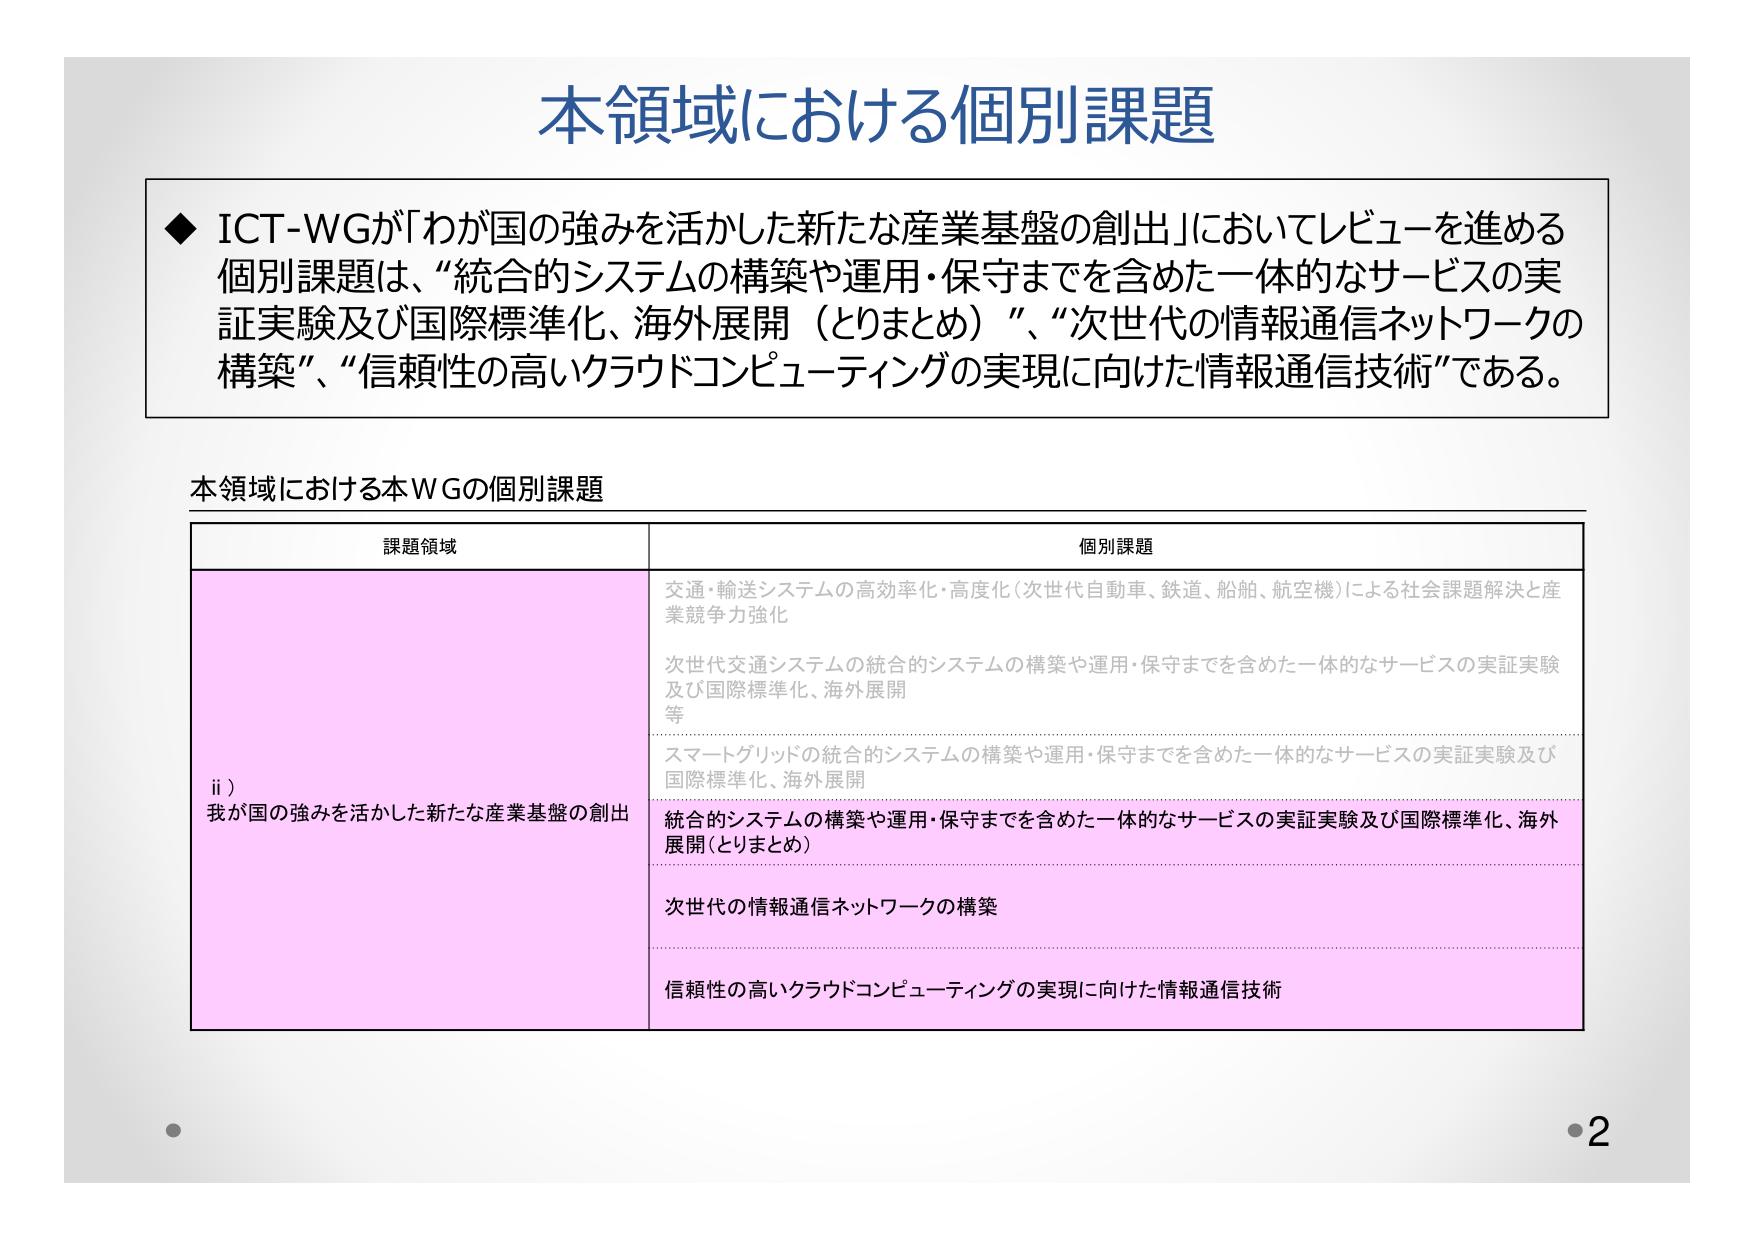
本領域における個別課題

◆ ICT-WGが「わが国の強みを活かした新たな産業基盤の創出」においてレビューを進める個別課題は、“統合的システムの構築や運用・保守までを含めた一体的なサービスの実証実験及び国際標準化、海外展開（とりまとめ）”、“次世代の情報通信ネットワークの構築”、“信頼性の高いクラウドコンピューティングの実現に向けた情報通信技術”である。

本領域における本WGの個別課題

課題領域 個別課題

ii）わが国の強みを活かした新たな産業基盤の創出

交通・輸送システムの高効率化・高度化（次世代自動車、鉄道、船舶、航空機）による社会課題解決と産業競争力強化

次世代交通システムの統合的システムの構築や運用・保守までを含めた一体的なサービスの実証実験及び国際標準化、海外展開等

スマートグリッドの統合的システムの構築や運用・保守までを含めた一体的なサービスの実証実験及び国際標準化、海外展開

統合的システムの構築や運用・保守までを含めた一体的なサービスの実証実験及び国際標準化、海外展開（とりまとめ）

次世代の情報通信ネットワークの構築

信頼性の高いクラウドコンピューティングの実現に向けた情報通信技術

2